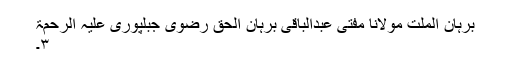
برہان الملت مولانا مفتی عبدالباقی برہان الحق رضوی جبلپوری علیہ الرحمۃ
۳۔